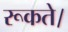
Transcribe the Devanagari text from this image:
रूकते।